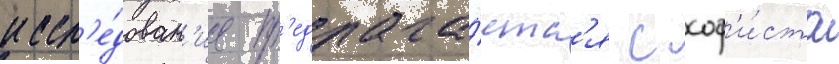
иссл'е́дован'ие пр'едлага́етс'я с соф'и́ста